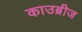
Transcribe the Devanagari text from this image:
काउब्रीज